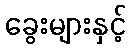
ခွေးများနှင့်